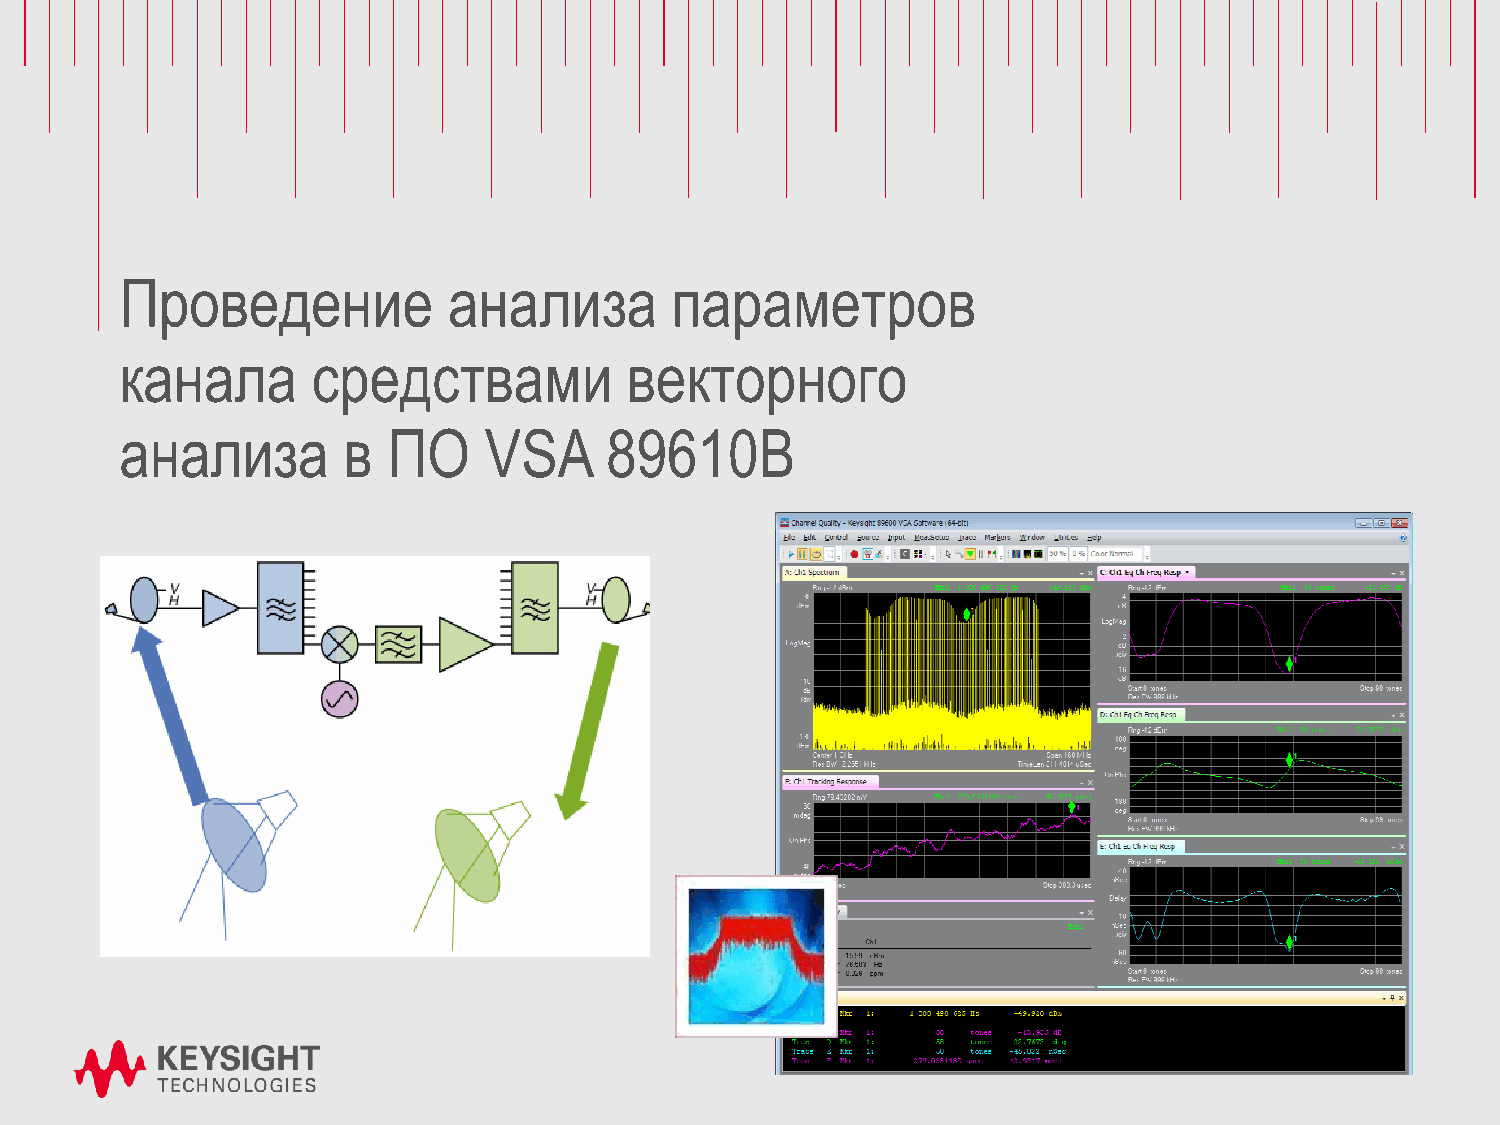
Проведение            анализа       параметров
 канала       средствами          векторного
 анализа        в  ПО    VSA     89610B